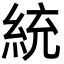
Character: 統